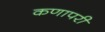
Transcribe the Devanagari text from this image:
कणापरी